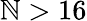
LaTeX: \mathbb{N}>16